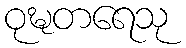
ဝုဍ္ဎတရေသု